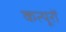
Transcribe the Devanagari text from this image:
कत्यूरों